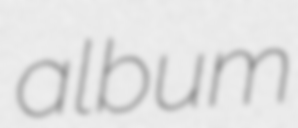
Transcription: album